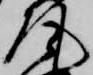
尾